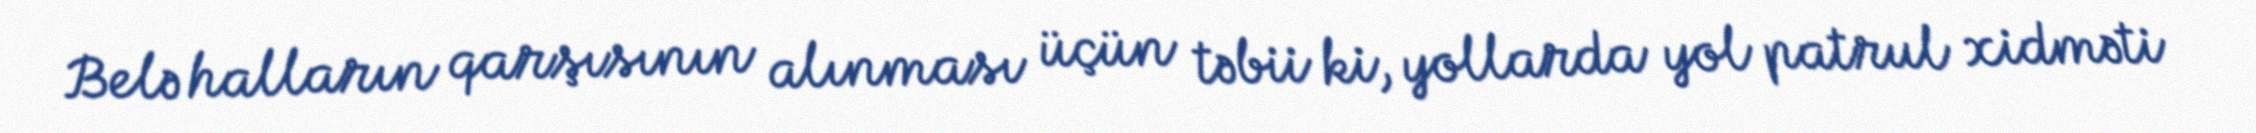
Belə halların qarşısının alınması üçün təbii ki, yollarda yol patrul xidməti